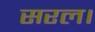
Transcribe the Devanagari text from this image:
सरल।